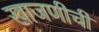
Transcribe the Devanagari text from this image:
खाजणीची